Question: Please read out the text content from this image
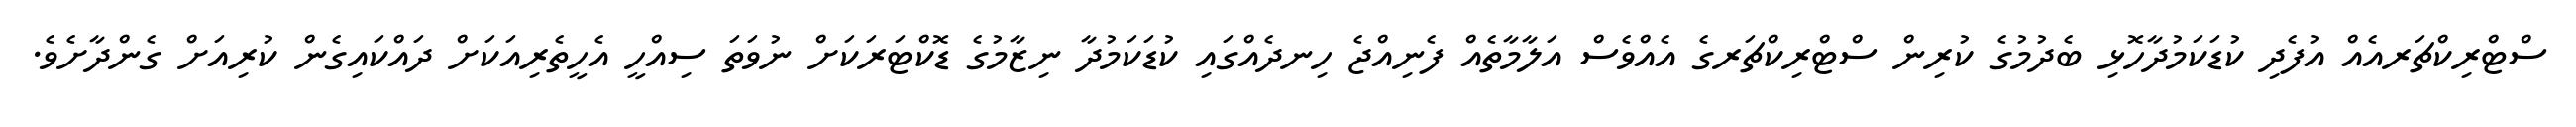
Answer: ސްޓްރިކްޗަރއެއް އުފެދި ކުޑަކަމުދާހޮޅި ބެދުމުގެ ކުރިން ސްޓްރިކްޗަރގެ އެއްވެސް އަލާމާތެއް ފެނިއްޖެ ހިނދެއްގައި ކުޑަކަމުދާ ނިޒާމުގެ ޑޮކްޓަރަކަށް ނުވަތަ ސިއްހީ އެހީތެރިއަކަށް ދައްކައިގެން ކުރިއަށް ގެންދާށެވެ.